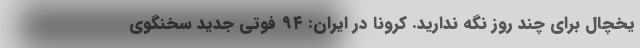
یخچال برای چند روز نگه ندارید. کرونا در ایران: ۹۴ فوتی جدید سخنگوی